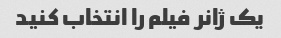
یک ژانر فیلم را انتخاب کنید